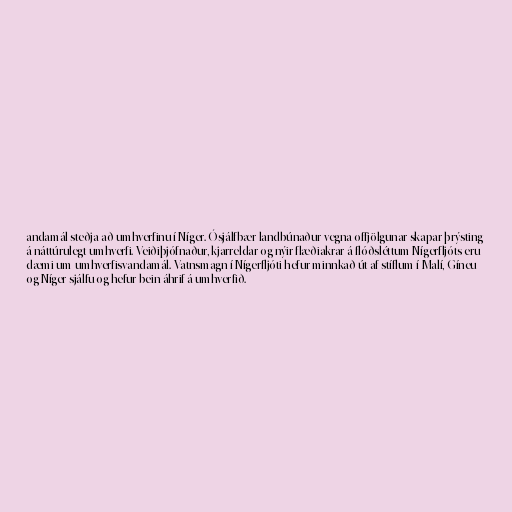
andamál steðja að umhverfinu í Níger. Ósjálfbær landbúnaður vegna offjölgunar skapar þrýsting
á náttúrulegt umhverfi. Veiðiþjófnaður, kjarreldar og nýir flæðiakrar á flóðsléttum Nígerfljóts eru
dæmi um umhverfisvandamál. Vatnsmagn í Nígerfljóti hefur minnkað út af stíflum í Malí, Gíneu
og Níger sjálfu og hefur bein áhrif á umhverfið.